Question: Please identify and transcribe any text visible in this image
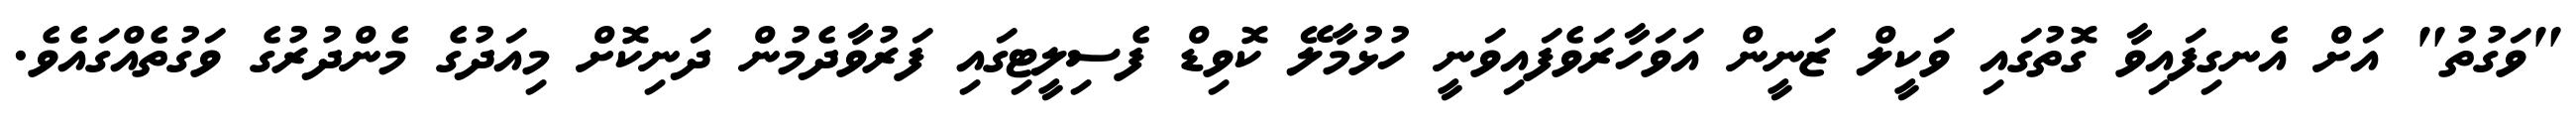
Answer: "ވަގުތު" އަށް އެނގިފައިވާ ގޮތުގައި ވަކީލް ޒަނީން އަވަހާރަވެފައިވަނީ ހުޅުމާލޭ ކޮވިޑް ފެސިލީޓިގައި ފަރުވާދެމުން ދަނިކޮށް މިއަދުގެ މެންދުރުގެ ވަގުތެއްގައެވެ.